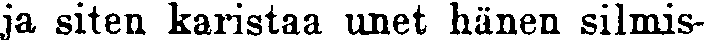
ja siten karista unet hänen silmis-